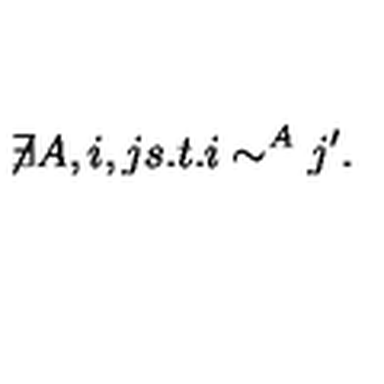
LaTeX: \not \! \exists A , i , j s . t . i \sim ^ { A } j ^ { \prime } .